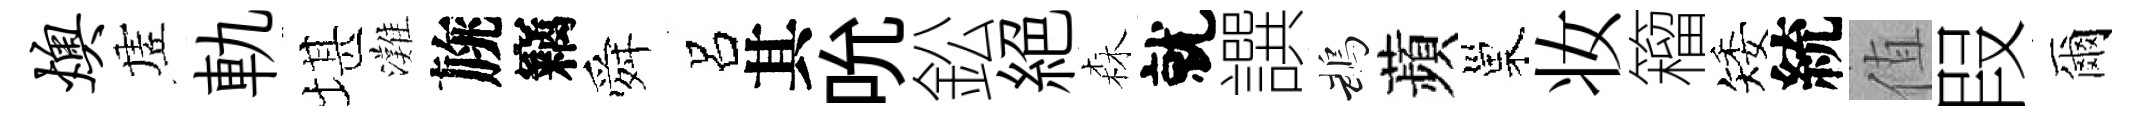
燠虗軌堪灘旐竊舜呂其吮鈆絕森就譔鵡蘋巢妆籕矮統值叚爾